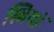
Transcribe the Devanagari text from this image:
स्त्रियांॅ